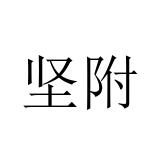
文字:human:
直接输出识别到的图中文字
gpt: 坚附